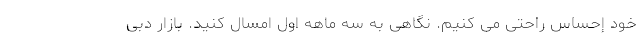
خود إحساس راحتی می کنیم. نگاهی به سه ماهه اول امسال کنید. بازار دبی